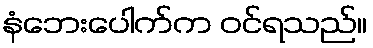
နံဘေးပေါက်က ဝင်ရသည်။